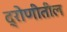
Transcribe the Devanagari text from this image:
द्रोणीतील